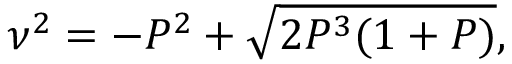
\nu ^ { 2 } = - P ^ { 2 } + \sqrt { 2 P ^ { 3 } ( 1 + P ) } ,